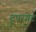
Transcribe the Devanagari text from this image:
ट्रूपरगेट